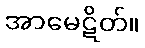
အာမေဋိတ်။